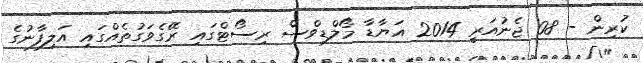
ކުރިން - 08 ޖެނުއަރީ 2014 އަޔާޑާ މޯލްޑިވްސް ރިސޯޓްގައި ރޭގެވަގުތެއްގައި އަލިފާނުގެ